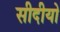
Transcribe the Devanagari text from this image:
सीदीयो